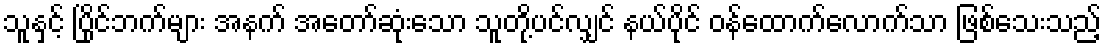
သူနှင့် ပြိုင်ဘက်များ အနက် အတော်ဆုံးသော သူတို့ပင်လျှင် နယ်ပိုင် ဝန်ထောက်လောက်သာ ဖြစ်သေးသည့်